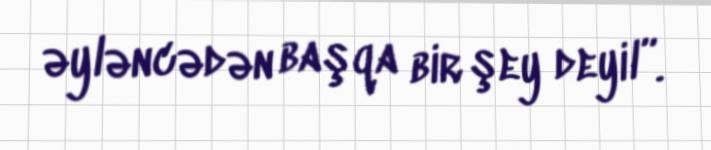
əyləncədən başqa bir şey deyil”.